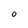
Character: o